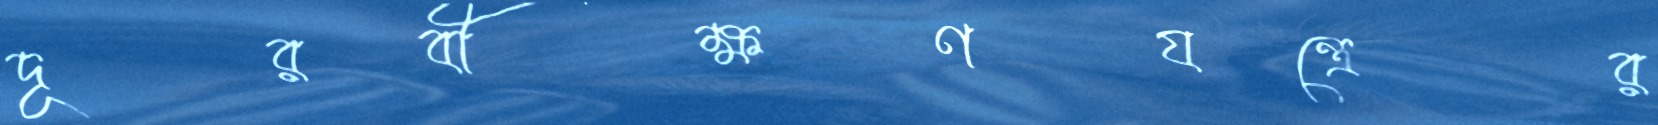
দূরবীক্ষণযন্ত্রের